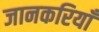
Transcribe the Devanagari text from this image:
जानकरियाँ